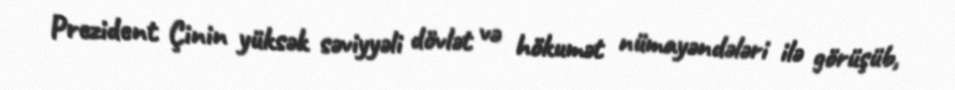
Prezident Çinin yüksək səviyyəli dövlət və hökumət nümayəndələri ilə görüşüb,